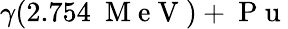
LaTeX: \gamma(2.754~\mathrm{~M~e~V~})+\mathrm{~P~u~}